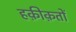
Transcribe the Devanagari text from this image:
हक़ीक़तों